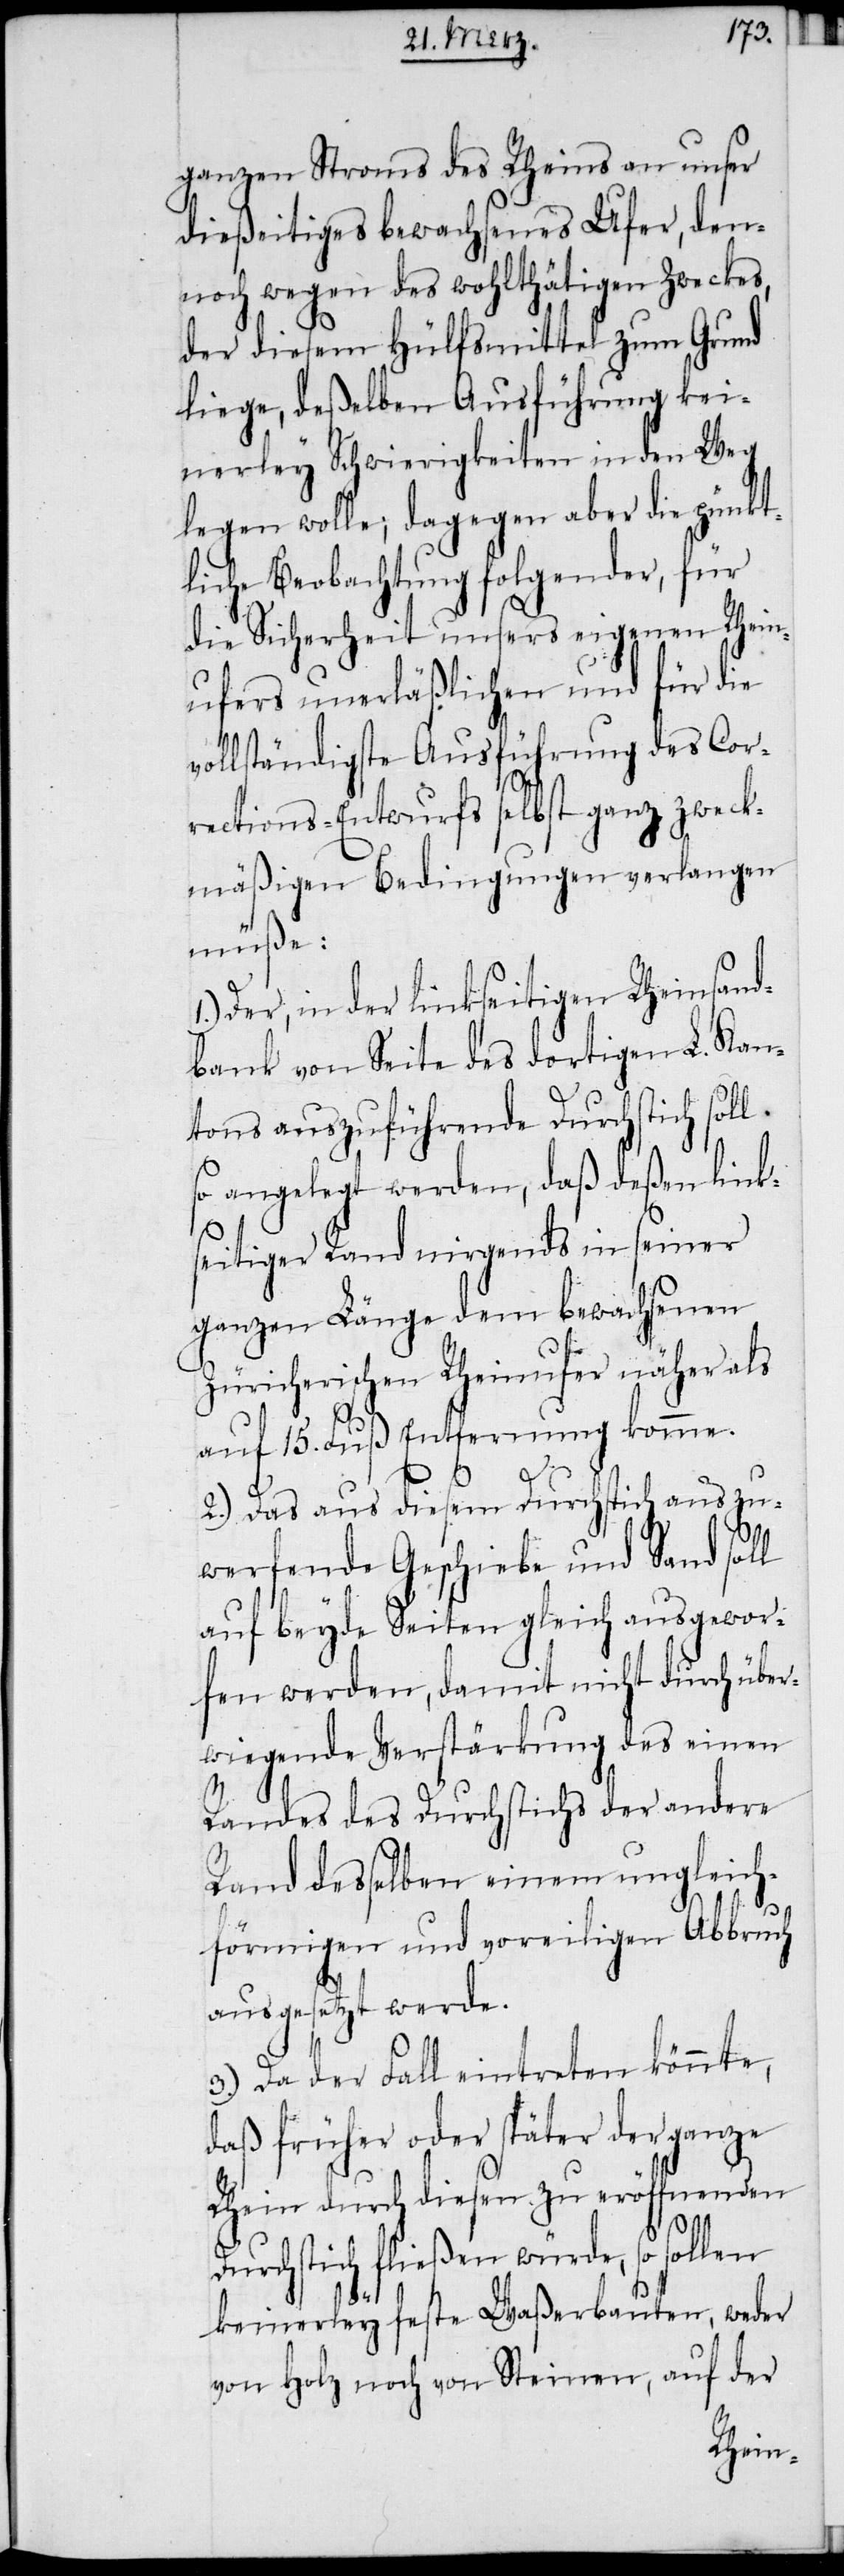
ganzen Stroms des Rheins an unser
dießeitiges bewachsenes Ufer, den¬
noch wegen des wohlthätigen Zweckes,
der diesem Hülfsmittel zum Grund
liege, deßelben Ausführung kei¬
nerley Schwierigkeiten in den Weg
legen wolle; dagegen aber die pünkt¬
liche Beobachtung folgender, für
die Sicherheit unsers eigenen Rhein¬
ufers unerläßlichen und für die
vollständigste Ausführung des Cor¬
rections-Entwurfs selbst ganz zweck¬
mäßigen Bedingungen verlangen
müße:
Der, in der linkseitigen Rheinsand¬
bank von Seite des dortigen L. Kan¬
tons auszuführende Durchstich soll
so angelegt werden, daß deßen link¬
seitiger Rand nirgends in seiner
ganzen Länge dem bewachsenen
Züricherischen Rheinufer näher als
auf 15. Fuß Entfernung komme.
2.) Das aus diesem Durchstich auszu¬
werfende Geschiebe und Sand soll
auf beyde Seiten gleich ausgewor¬
fen werden, damit nicht durch über¬
wiegende Verstärkung des einen
Randes des Durchstichs der andere
Rand desselben einem ungleich¬
förmigen und voreiligen Abbruch
ausgesetzt werde.
3.) Da der Fall eintreten könnte,
daß früher oder später der ganze
Rhein durch diesen zu eröffnenden
Durchstich fließen würde, so sollen
keinerley feste Waßerbauten, weder
von Holz noch von Steinen, auf der